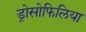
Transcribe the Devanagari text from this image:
ड्रोसोफिलिया